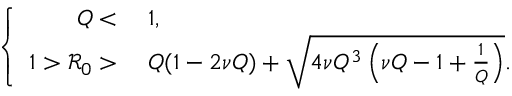
\left\{ \begin{array} { r l } { Q < } & { { } \; 1 , } \\ { 1 > \mathcal { R } _ { 0 } > } & { { } \; Q ( 1 - 2 \nu Q ) + \sqrt { 4 \nu Q ^ { 3 } \left( \nu Q - 1 + \frac { 1 } { Q } \right) } . } \end{array} \right.